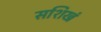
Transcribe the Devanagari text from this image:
सशिखं